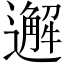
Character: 邂